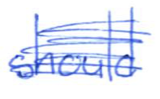
Text: should
Cross-out: mix
Writing tool: ballpoint